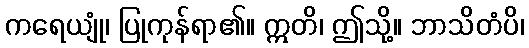
ကရေယျုံ၊ ပြုကုန်ရာ၏။ ဣတိ၊ ဤသို့။ ဘာသိတံပိ၊